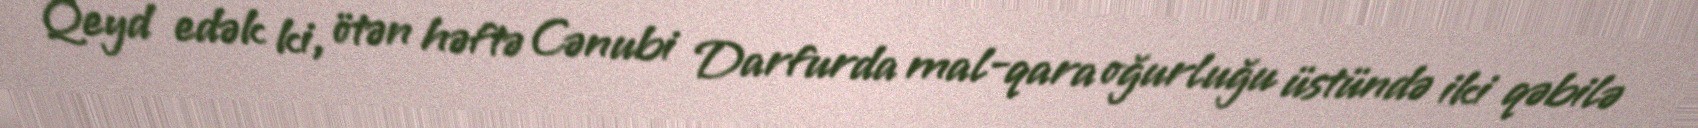
Qeyd edək ki, ötən həftə Cənubi Darfurda mal-qara oğurluğu üstündə iki qəbilə